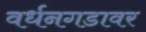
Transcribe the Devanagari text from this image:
वर्धनगडावर